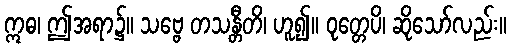
ဣဓ၊ ဤအရာ၌။ သဗ္ဗေ တသန္တီတိ၊ ဟူ၍။ ဝုတ္တေပိ၊ ဆိုသော်လည်း။